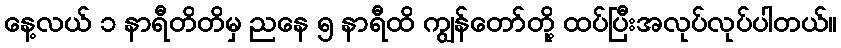
နေ့လယ် ၁ နာရီတိတိမှ ညနေ ၅ နာရီထိ ကျွန်တော်တို့ ထပ်ပြီးအလုပ်လုပ်ပါတယ်။